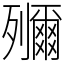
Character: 鿞